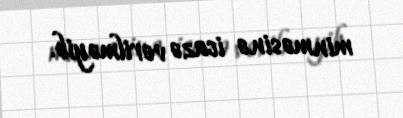
minməsinə icazə verilməyib.